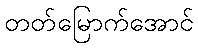
တတ်မြောက်အောင်